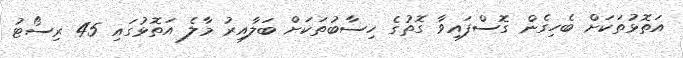
އަތޮޅުތަކަށް ބެހިގެން ގޮސްފައިވާ ގޮތުގެ ހިސާބުތަކަށް ބަލާއިރު މާލެ އަތޮޅުގައި 45 ރިސޯޓު